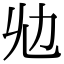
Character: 𠠷